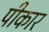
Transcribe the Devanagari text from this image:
पीकार